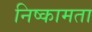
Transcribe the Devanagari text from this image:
निष्कामता